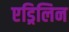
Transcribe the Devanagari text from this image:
एड्रिलिन